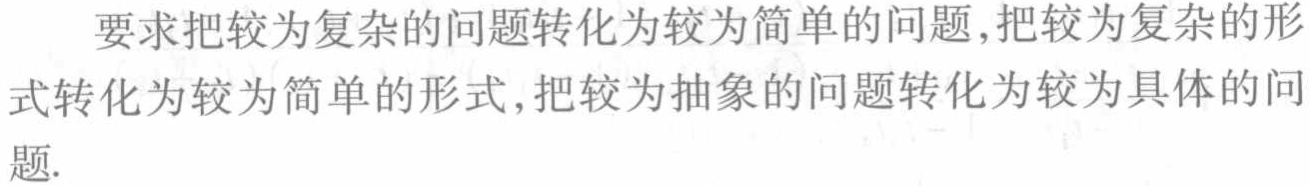
要求把较为复杂的问题转化为较为简单的问题,把较为复杂的形式转化为较为简单的形式,把较为抽象的问题转化为较为具体的问题.